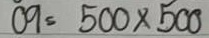
09 = 500x500